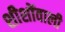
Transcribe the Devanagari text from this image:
शीशोंवाली